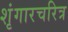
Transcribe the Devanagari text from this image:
शृंगारचरित्र